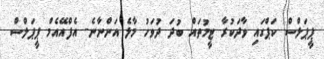
ޕީޕަލްސް ކަޕްގައި ވާދަކުރާ ޓީމުތައް ބުދަ ދުވަހު މާލެ އަންނާނެ- އެފްއޭއެމް ޕީޕަލްސް